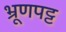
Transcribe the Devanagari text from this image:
भ्रूणपट्ट